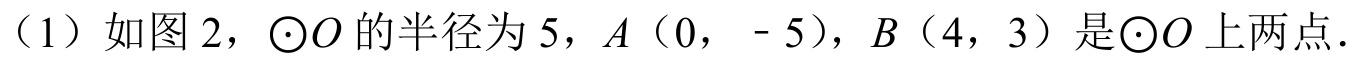
（1）如图2，\(\odot O\)的半径为\(5\)，\(A(0,- 5)\)，\(B(4,3)\)是\(\odot O\)上两点.